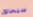
سيحاول